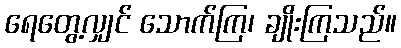
ရေတွေ့လျှင် သောက်ကြ၊ ချိုးကြသည်။